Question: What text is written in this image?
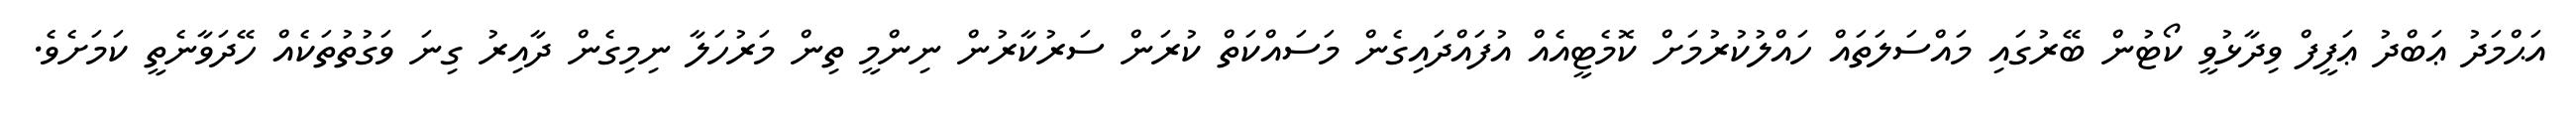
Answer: އަޙްމަދު ޢަބްދު ޢަފީފް ވިދާޅުވީ ކޯޓުން ބޭރުގައި މައްސަލަތައް ހައްލުކުރުމަށް ކޮމެޓީއެއް އުފައްދައިގެން މަސައްކަތް ކުރަން ސަރުކާރުން ނިންމީ ތިން މަރުހަލާ ނިމިގެން ދާއިރު ގިނަ ވަގުތުތަކެއް ހޭދަވާނެތީ ކަމަށެވެ.